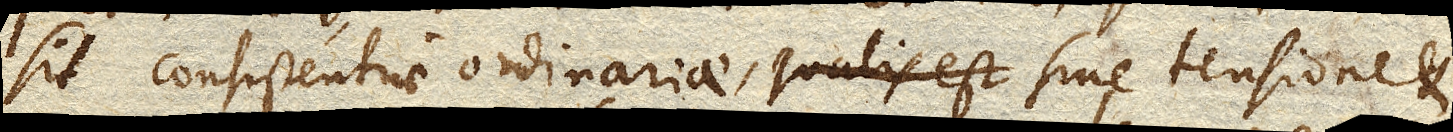
sit consistentiae ordinariae, qualis est sine tensione et